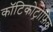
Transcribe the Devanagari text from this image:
कॉटिकोट्रोफ़िक